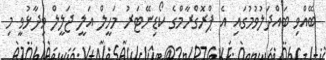
ބޭއްވި ބައްދަލުވުމުގައި އެ ޕްރޮގްރާމްގެ ކޯޑިނޭޓަރު މަހީލް އަލީ ޖަލީލް ވިދާޅުވީ މި